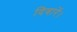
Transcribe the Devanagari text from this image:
दिवारें।